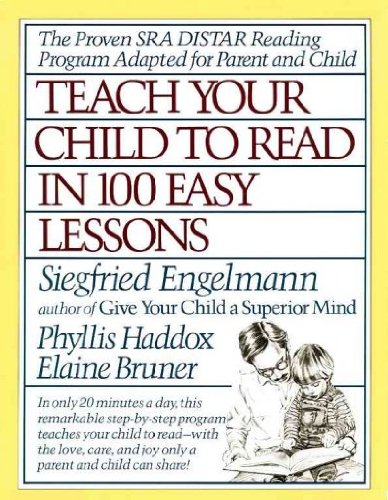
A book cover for Teach Your Child to Read in 100 Easy Lessons, 1986 Fireside Edition, ISBN 0671631985; Siegfried Engelmann; Parenting & Relationships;